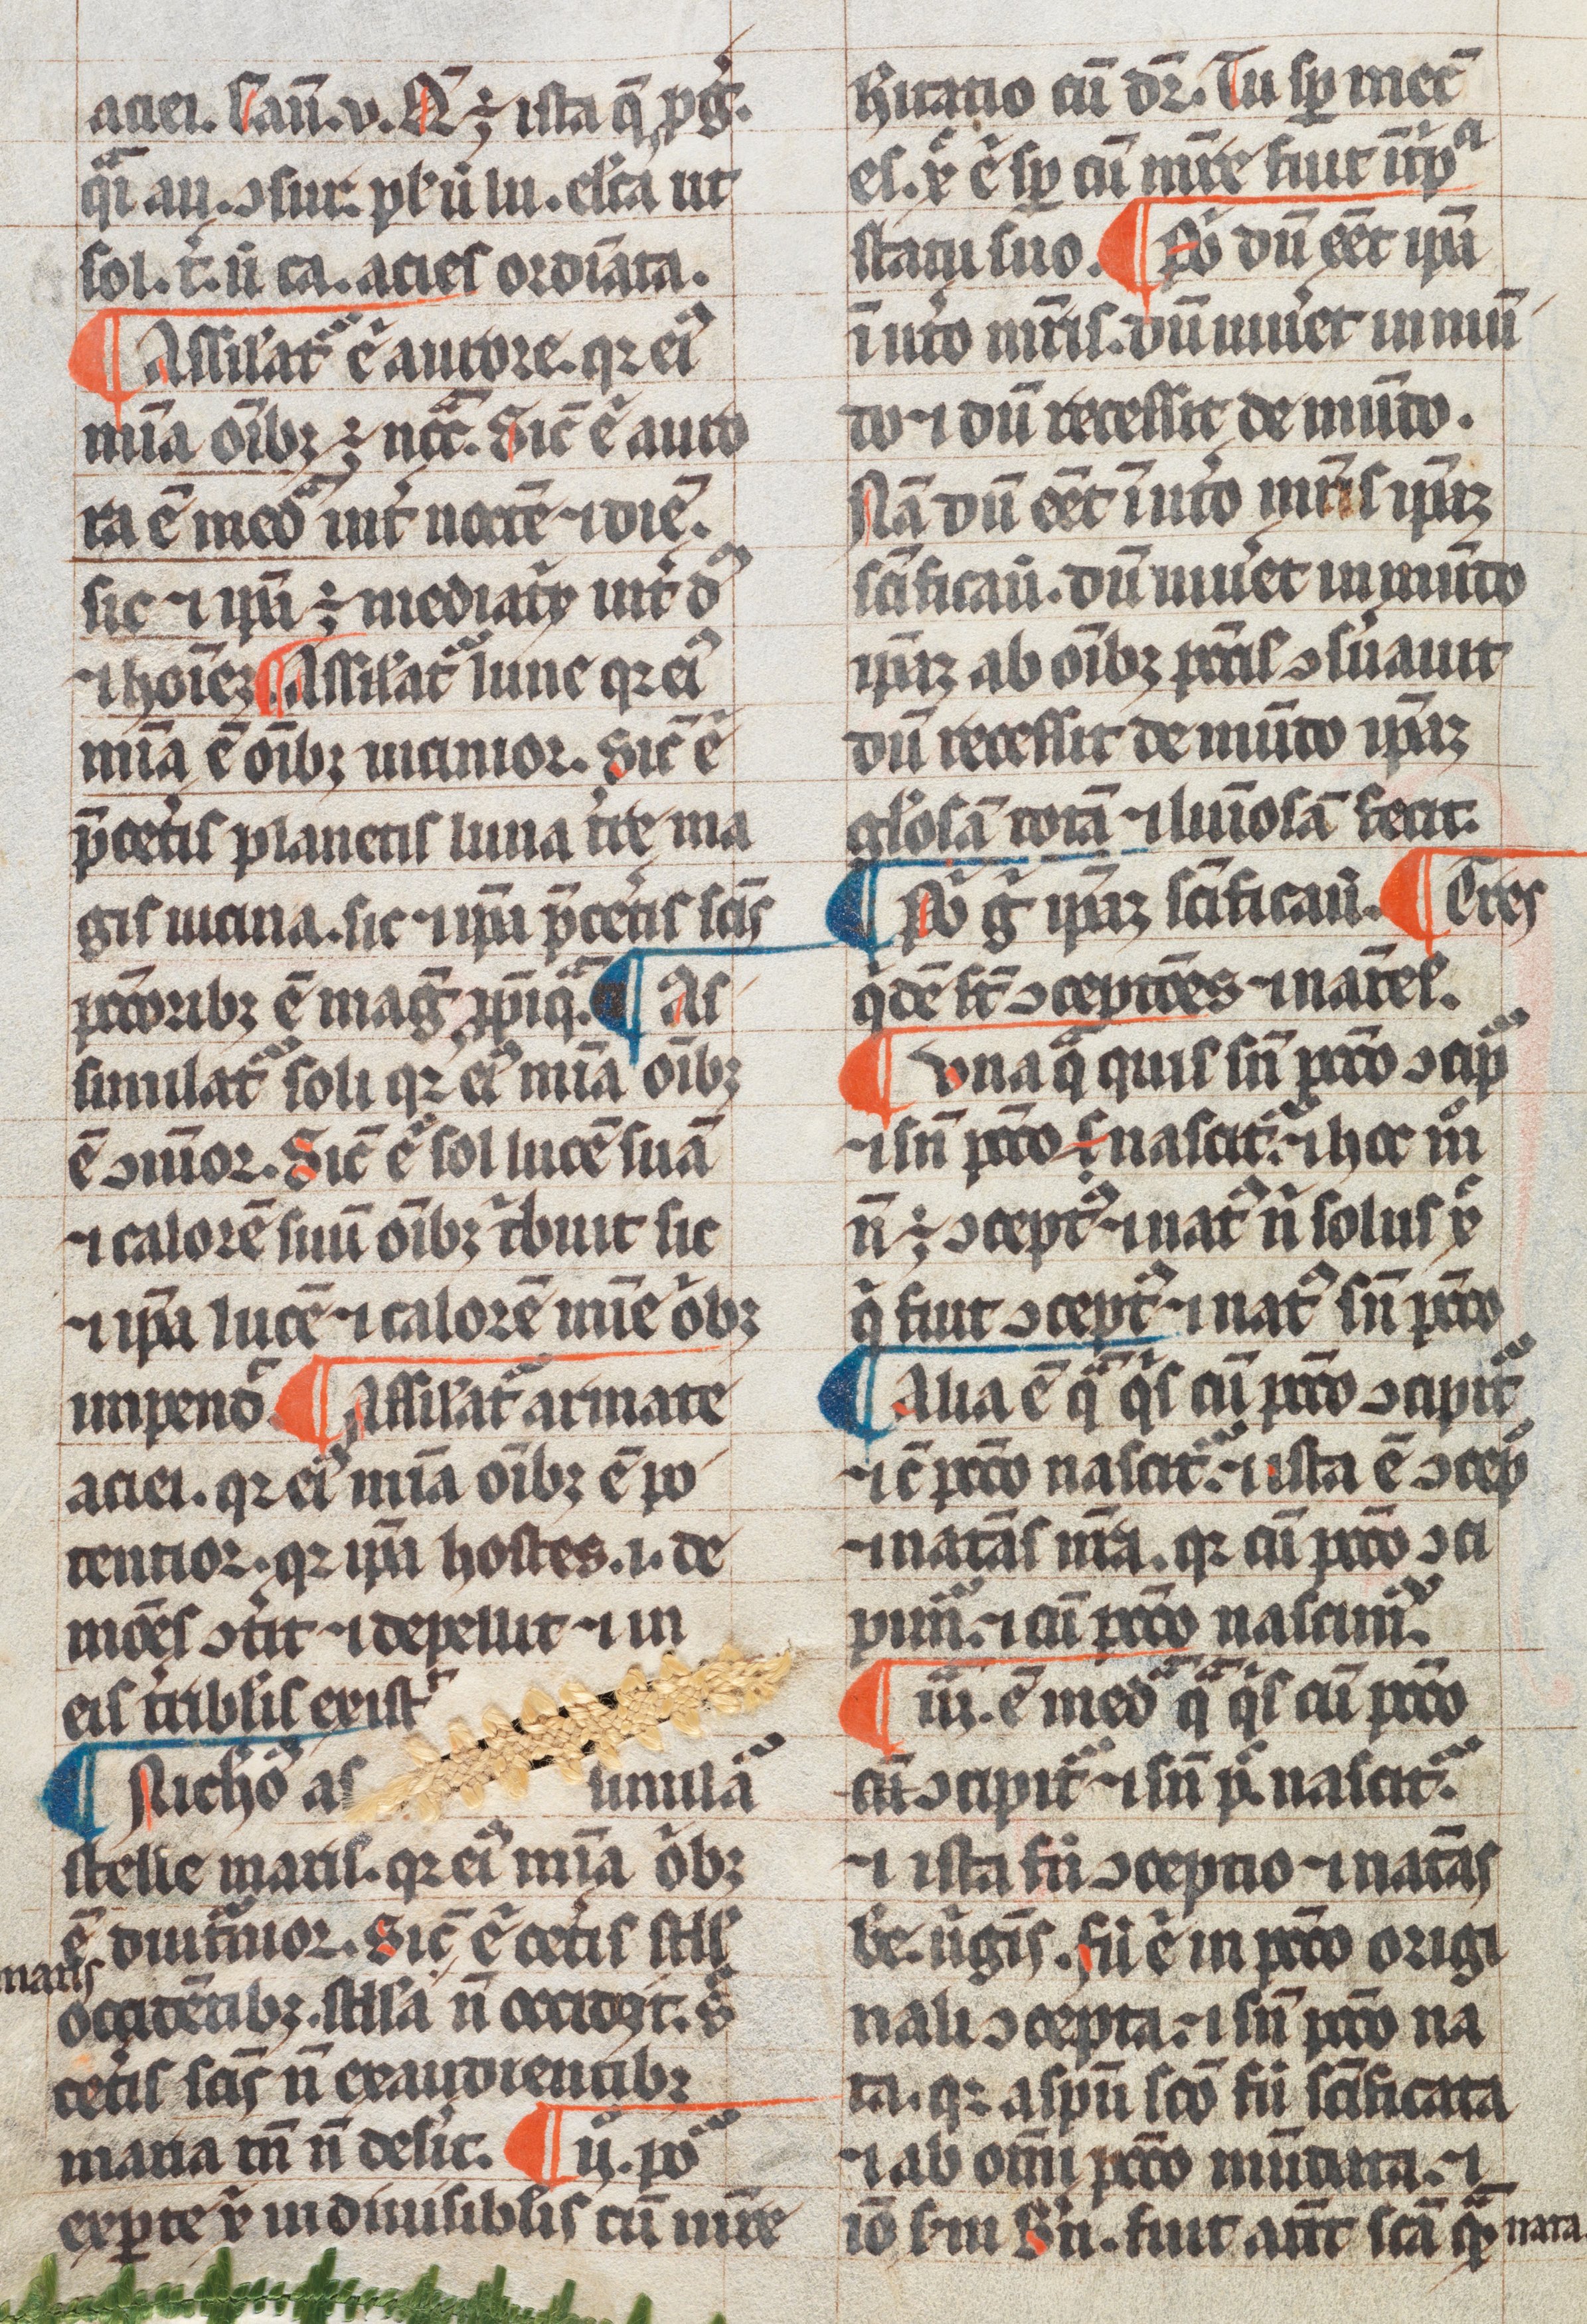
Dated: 1300–1399